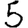
Digit: 5